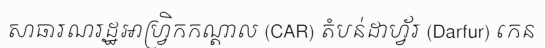
សាធារណរដ្ឋអាហ្វ្រិកកណ្តាល (CAR) តំបន់ដាហ្វ័រ (Darfur) កេន